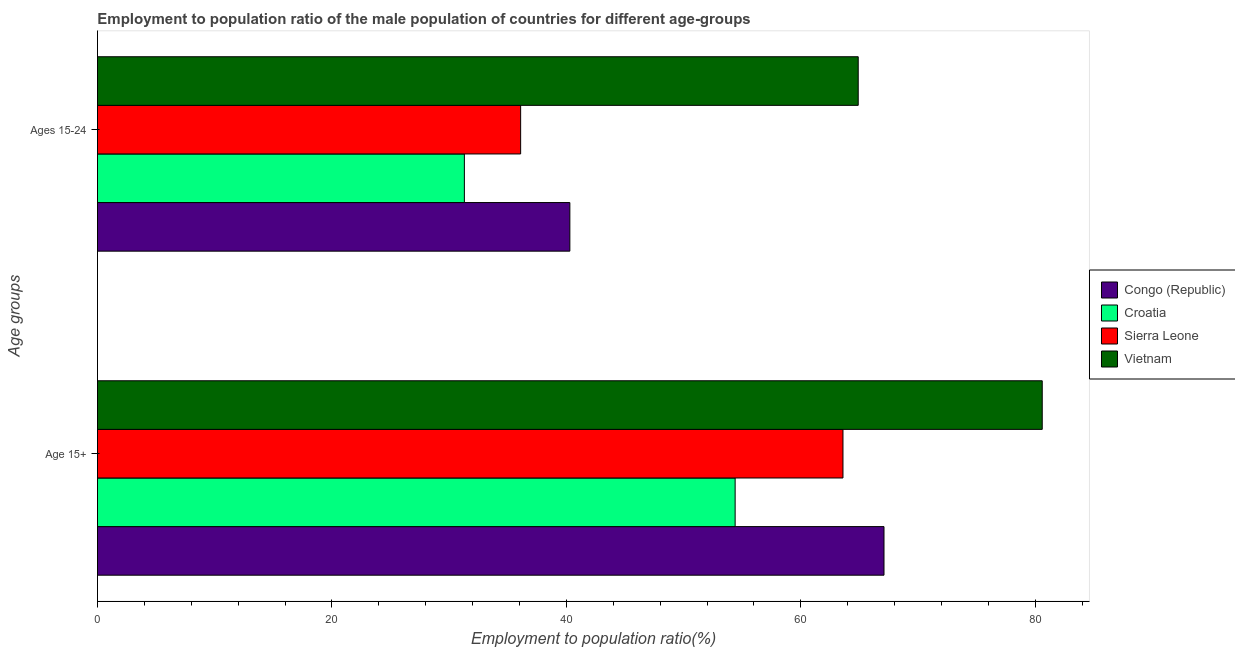
| Age groups | Congo (Republic) | Croatia | Sierra Leone | Vietnam |
 | --- | --- | --- | --- | --- |
 | Age 15+ | 67.1 | 54.4 | 63.6 | 80.6 |
 | Ages 15-24 | 40.3 | 31.3 | 36.1 | 64.9 |